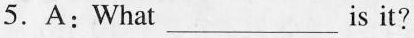
5.A:What ___is it?